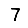
Digit: 7